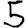
Digit: 5